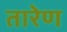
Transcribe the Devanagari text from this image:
तारेण